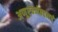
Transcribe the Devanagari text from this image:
अणूरचनेबद्दलचे